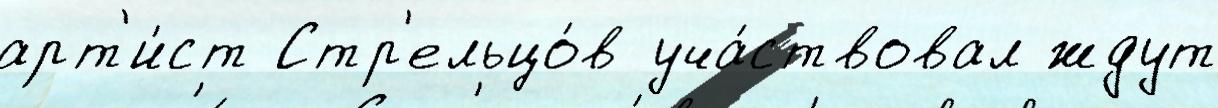
арт'и́ст Стр'ельцо́в уча́ствовал ждут